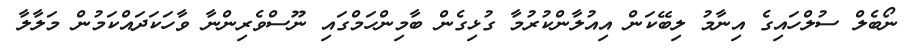
ނޯބެލް ސުލްހައިގެ އިނާމު ލިބޭކަން އިއުލާންކުރުމާ ގުޅިގެން ބާމިންހަމްގައި ނޫސްވެރިންނާ ވާހަކަދައްކަމުން މަލާލާ